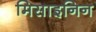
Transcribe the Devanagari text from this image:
मिसाइनिन